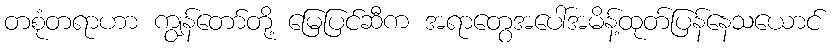
တစုံတရာဟာ ကျွန်တော်တို့ မြေပြင်ဆီက အရာတွေအပေါ်အမိန့်ထုတ်ပြန်နေသယောင်